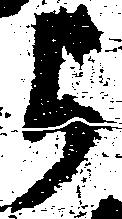
与